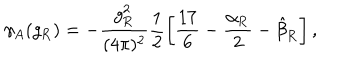
\gamma _ { A } ( g _ { \mathrm { R } } ) = - \frac { g _ { \mathrm { R } } ^ { 2 } } { ( 4 \pi ) ^ { 2 } } \frac 1 2 \left[ \frac { 1 7 } 6 - \frac { \alpha _ { \mathrm { R } } } 2 - \hat { \beta } _ { \mathrm { R } } \right] ,